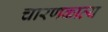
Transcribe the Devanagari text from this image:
चारणकाव्य